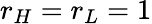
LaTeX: r_{H}=r_{L}=1